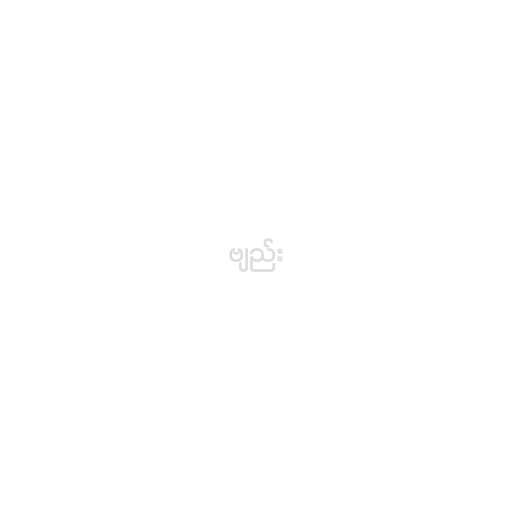
ဗျည်း